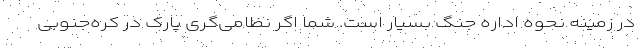
در زمینه نحوه اداره جنگ بسیار است. شما اگر نظامی‌گری پارک در کره‌جنوبی